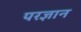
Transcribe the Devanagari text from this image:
परज्ञान